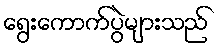
ရွေးကောက်ပွဲများသည်